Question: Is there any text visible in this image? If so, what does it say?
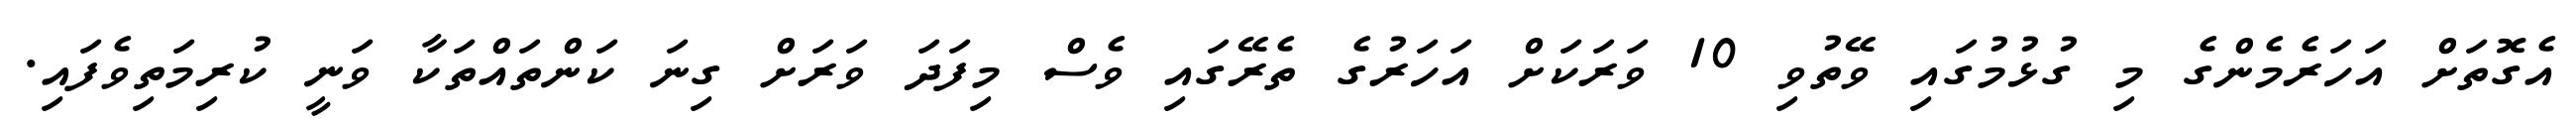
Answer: އެގޮތަށް އަހަރެމެންގެ މި ގުޅުމުގައި ވޭތުވި 10 ވަރަކަށް އަހަރުގެ ތެރޭގައި ވެސް މިފަދަ ވަރަށް ގިނަ ކަންތައްތަކާ ވަނީ ކުރިމަތިވެފައި.